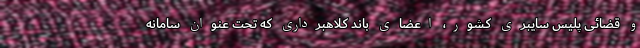
و قضائی پلیس سایبری کشور، اعضای باند کلاهبرداری که تحت عنوان سامانه